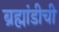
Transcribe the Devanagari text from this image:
ब्रह्मांडीची